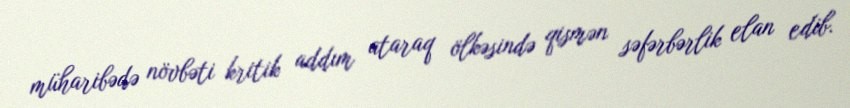
müharibədə növbəti kritik addım ataraq ölkəsində qismən səfərbərlik elan edib.